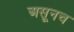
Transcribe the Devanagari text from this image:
असूनच